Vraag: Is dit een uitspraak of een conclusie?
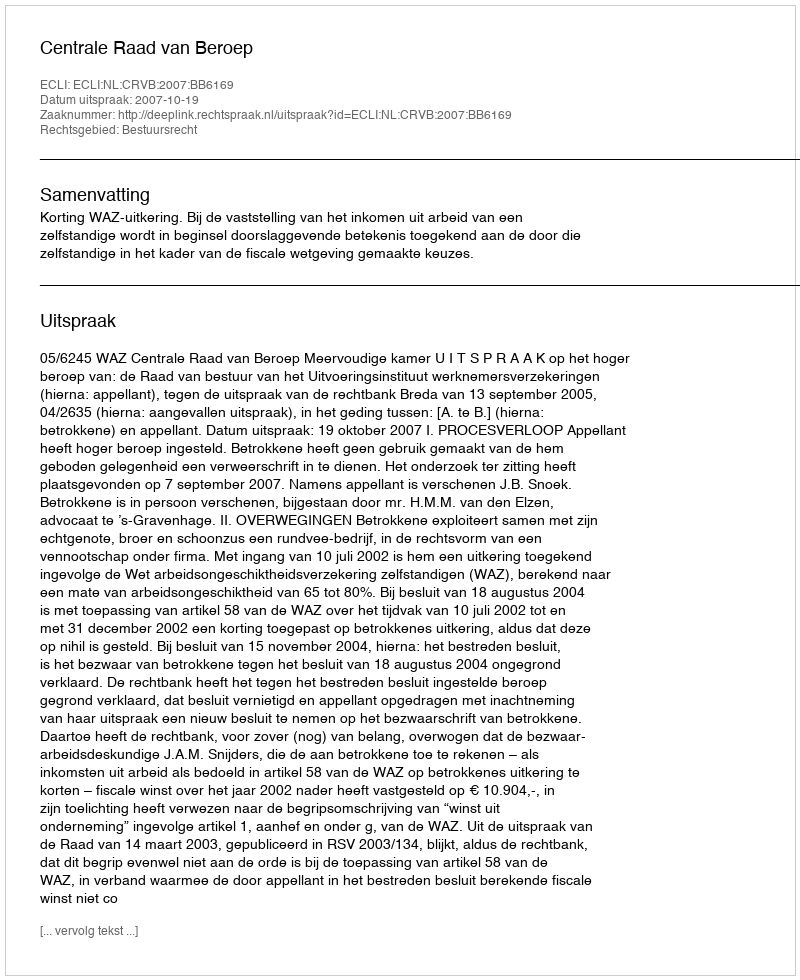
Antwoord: Uitspraak